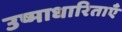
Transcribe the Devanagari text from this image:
उष्माधारिताएँ